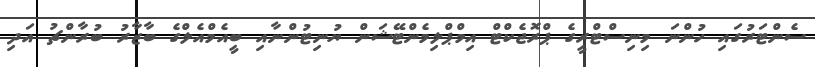
ސެންޓަރުގައި ހުންނަ މިނިސްޓްރީގެ ޕްރޮޖެކްޓް އިމްޕްލިމެންޓޭޝަން ޔުނިޓުންނާއި ބީއެމްއެލްގެ ބާޒާރު ބުރާންޗު އަދި